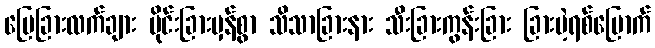
မြေခြားလက်ချား ပိုင်းခြားမှန်စွာ သိသာခြားနား သီးခြားကွန်းခြား ခြားမဲ့ရစ်မြောက်